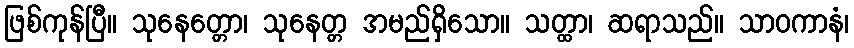
ဖြစ်ကုန်ပြီ။ သုနေတ္တော၊ သုနေတ္တ အမည်ရှိသော။ သတ္ထာ၊ ဆရာသည်။ သာဝကာနံ၊